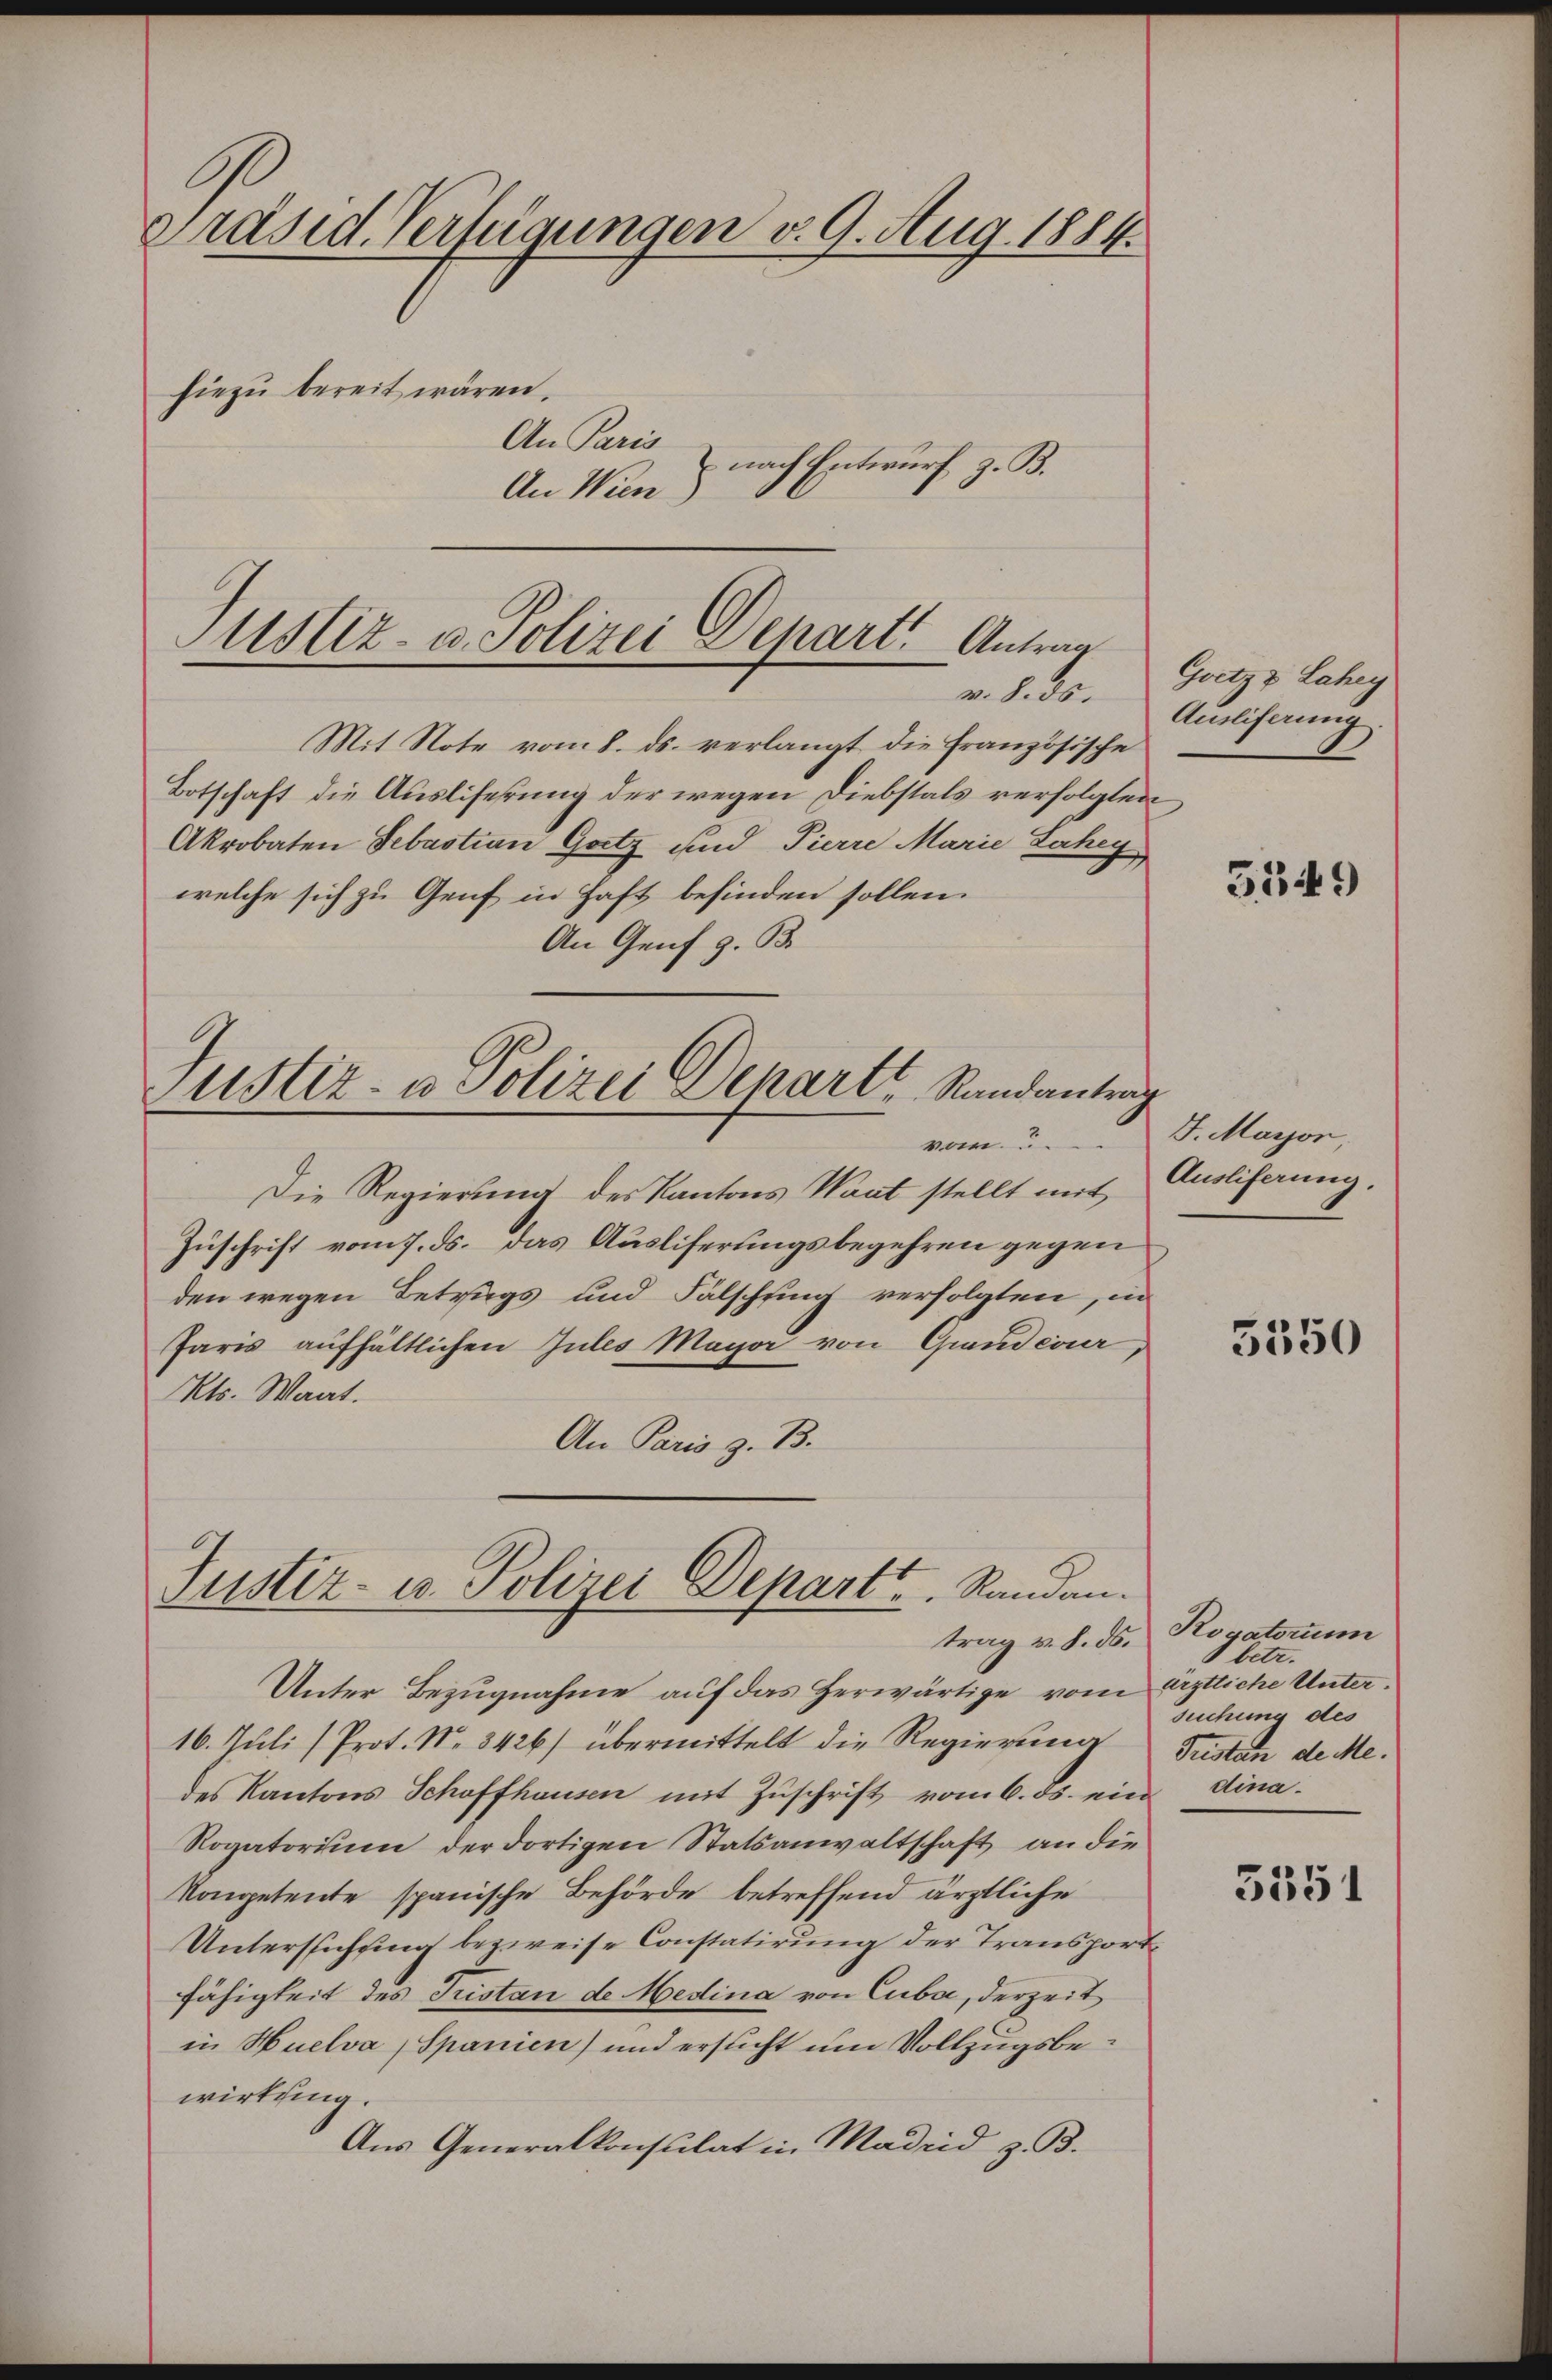
Präsid. Verfügungen v. 9. Aug. 1884.
hiezu bereit wären.
An Paris
nach Entwurf z. B.
An Wien)

Justiz- u. Polizei Depart. Antrag
v. 8. ds.

Mit Note vom 8. ds. verlangt die Französische
Botschaft die Auslieferung der wegen Diebstals verfolgten
Akrobaten Sebastian Gatz und Pierre Marie Lahey
welche sich zu Genf in Haft befinden sollen.
An Genf z. B.
Die Regierung des Kantons Waat stellt mit
Zuschrift vom 7. ds. das Ausliferungsbegehren gegen
den wegen Betrags und Fälschung verfolgten, in
Paris aufhältlichen Gutes Magar von Grandcour,
Kts. Wart.
An Paris z. B.
Justiz- u. Polizei Depart u. Randantrag v. 8. ds.
Unter Bezugnahme auf das Herwärtige vom
16. Juli (Prot. No. 3426) übermittelt die Regierung
des Kantons Schaffhausen mit Zuschrift vom 6. ds. ein dina¬
Rogatorium der dortigen Statsanwaltschaft an die
Kompetente spanische Behörde betreffend ärztliche
Untersuchung bezweife Constatirung der Transport
fähigkeit des Fristan de Medina von Cuba, derzeit
in Huelva Spanien) und ersucht um Vollzugsbewirkung.
Aus Generalkonsulat in Madrid z. B.

Justiz- u Polizei Depart Randantrag
vom

Goetzz Lahey
Ansliserung.

3349

J. Maron,
Ausliferung.

5350

Rogatorum
betr.
ärztliche Untersuchung des
Fristen de Me

5351